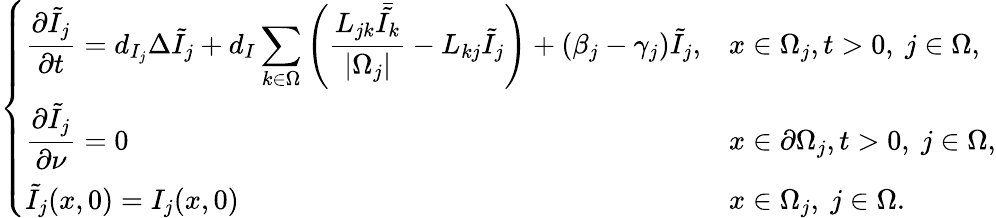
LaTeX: \left\{ \begin{array}{ll}{\displaystyle\frac{\partial\tilde{I}_{j}}{\partial t}=d_{I_{j}}\Delta\tilde{I}_{j}+d_{I}\sum_{k\in\Omega}\left(\frac{L_{jk}\bar{{\tilde{I_{k}}}}}{|\Omega_{j}|}-L_{kj}\tilde{I}_{j}\right)+(\beta_{j}-\gamma_{j})\tilde{I}_{j},}&{x\in\Omega_{j},t>0,\ j\in\Omega,}\\ {\displaystyle\frac{\partial\tilde{I}_{j}}{\partial\nu}=0}&{x\in\partial\Omega_{j},t>0,\ j\in\Omega,}\\ {\displaystyle\tilde{I}_{j}(x,0)=I_{j}(x,0)}&{x\in\Omega_{j},\ j\in\Omega.}\end{array}\right.